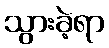
သွားခဲ့ရာ